Report of an investigation of the epidemic of malarial fever in Assam, or, kala-azar
Disease focus: Malaria
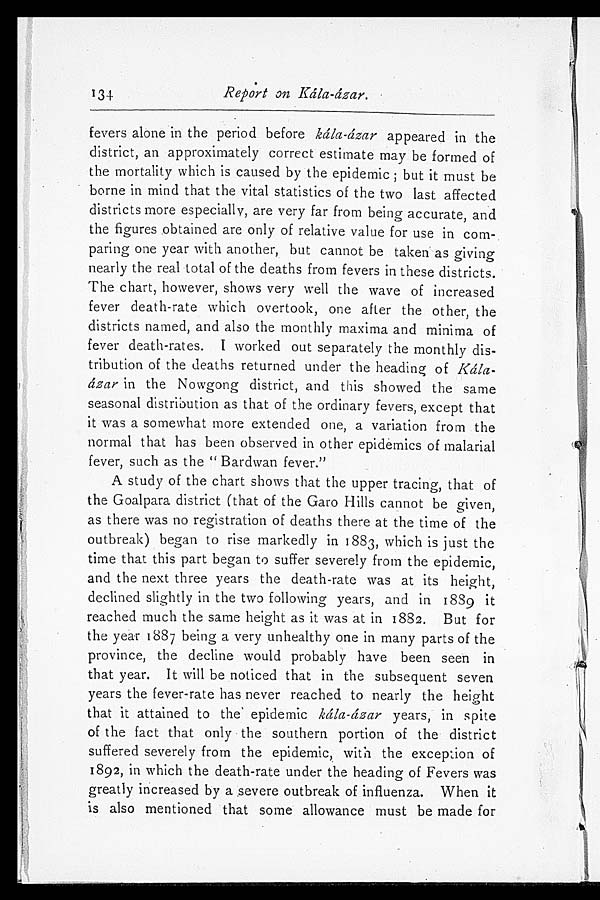
134
Report on Kála-ázar.
fevers alone in the period before kála-ázar appeared in the
district, an approximately correct estimate may be formed of
the mortality which is caused by the epidemic; but it must be
borne in mind that the vital statistics of the two last affected
districts more especially, are very far from being accurate, and
the figures obtained are only of relative value for use in com
- p a r i n g o n e y e a r w i t h a n o t h e r , b u t c a n n o t b e t a k e n a s g i v i n g
nearly the real total of the deaths from fevers in these districts.
The chart, however, shows very well the wave of increased
fever death-rate which overtook, one after the other, the
districts named, and also the monthly maxima and minima of
fever death-rates. I worked out separately the monthly dis
-tribution of the deaths returned under the heading of Kala
-ázar in the Nowgong district, and this showed the same
seasonal distribution as that of the ordinary fevers, except that
it was a somewhat more extended one, a variation from the
normal that has been observed in other epidemics of malarial
fever, such as the " Bardwan fever."
A study of the chart shows that the upper tracing, that of
the Goalpara district (that of the Garo Hills cannot be given,
as there was no registration of deaths there at the time of the
outbreak) began to rise markedly in 1883, which is just the
time that this part began to suffer severely from the epidemic,
and the next three years the death-rate was at its height,
declined slightly in the two following years, and in 1889 it
reached much the same height as it was at in 1882. But for
the year 1887 being a very unhealthy one in many parts of the
province, the decline would probably have been seen in
that year. It will be noticed that in the subsequent seven
years the fever-rate has never reached to nearly the height
that it attained to the epidemic kála-ázar years, in spite
of the fact that only the southern portion of the district
suffered severely from the epidemic, with the excepion of
1892, in which the death-rate under the heading of Fevers was
greatly increased by a severe outbreak of influenza. When it
is also mentioned that some allowance must be made for